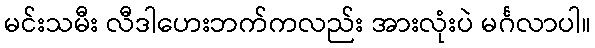
မင်းသမီး လီဒါဟေးဘက်ကလည်း အားလုံးပဲ မင်္ဂလာပါ။